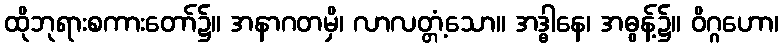
ထိုဘုရားစကားတော်၌။ အနာဂတမှိ၊ လာလတ္တံ့သော။ အဒ္ဓါနေ၊ အဓွန့်၌။ ဝိဂ္ဂဟော၊